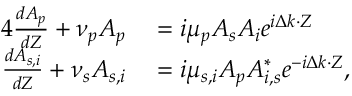
\begin{array} { r l } { { 4 } \frac { d A _ { p } } { d Z } + \nu _ { p } A _ { p } } & { { } = i \mu _ { p } A _ { s } A _ { i } e ^ { i \Delta k \cdot Z } } \\ { \frac { d A _ { s , i } } { d Z } + \nu _ { s } A _ { s , i } } & { { } = i \mu _ { s , i } A _ { p } A _ { i , s } ^ { * } e ^ { - i \Delta k \cdot Z } , } \end{array}